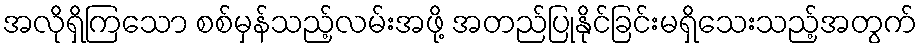
အလိုရှိကြသော စစ်မှန်သည့်လမ်းအဖို့ အတည်ပြုနိုင်ခြင်းမရှိသေးသည့်အတွက်